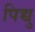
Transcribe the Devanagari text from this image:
पिच्चु